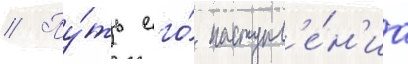
// Пу́ть его́ наступл'е́н'иа